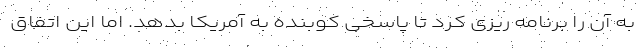
به آن را برنامه ریزی کرد تا پاسخی کوبنده به آمریکا بدهد. اما این اتفاق